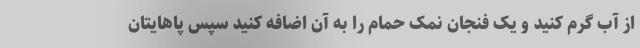
از آب گرم کنید و یک فنجان نمک حمام را به آن اضافه کنید سپس پاهایتان